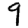
Digit: 9